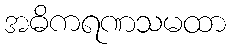
အဓိကရဏသမထာ